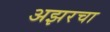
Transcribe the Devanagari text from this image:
अझरचा